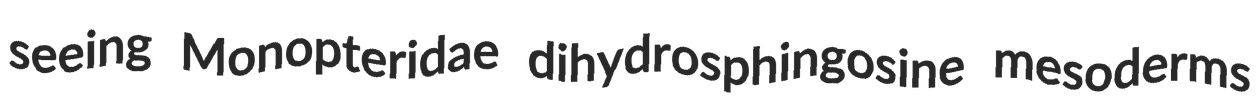
seeing Monopteridae dihydrosphingosine mesoderms